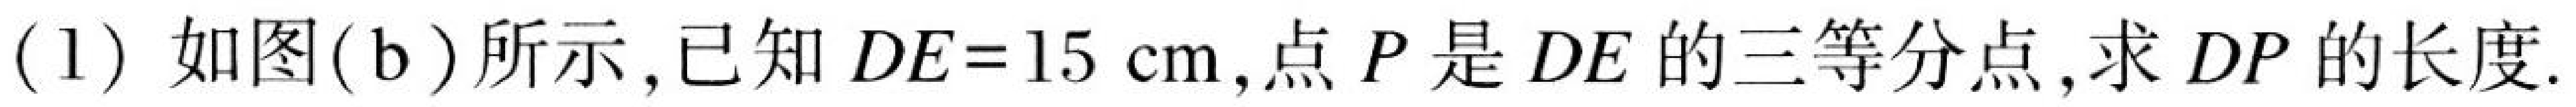
(1) 如图(b)所示,已知 \(DE = 15\mathrm{cm}\),点 \(P\)是 \(DE\)的三等分点,求 \(DP\)的长度.